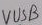
Text: VUSB